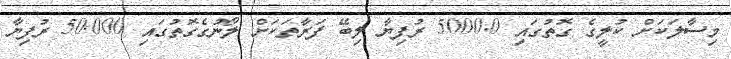
މިސާލަކަށް ކުލީގެ ގޮތުގައި 5000.0 ރުފިޔާ ލިބޭ ފަރާތަކަށް ލޯނުގެގޮތުގައި 50